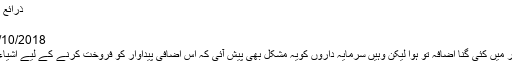
ذرائع ابلاغ اور سرمایہ دارانہ نظام - ہم سب
ذرائع ابلاغ اور سرمایہ دارانہ نظام
01/10/2018 محمد عمید فاروقی n/b Views
صنعتی انقلاب کے بعد اشیاءکی پیداوار میں کئی گنا اضافہ تو ہوا لیکن وہیں سرمایہ داروں کویہ مشکل بھی پیش آئی کہ اس اضافی پیداوار کو فروخت کرنے کے لیے اشیاءکی طلب میں کیسے اضافہ کیا جائے۔